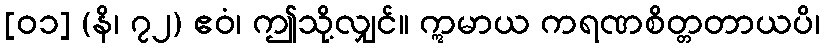
[၀၁] (နိ၊ ၇၂) ဧဝံ၊ ဤသို့လျှင်။ ဣမာယ ကရဏစိတ္တတာယပိ၊